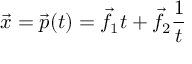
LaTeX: { \vec { x } } = { \vec { p } } ( t ) = { \vec { f } } _ { 1 } t + { \vec { f } } _ { 2 } { \frac { 1 } { t } }